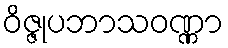
ဝိဇ္ဇုပဘာသဝဏ္ဏာ